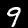
Digit: 9